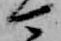
可